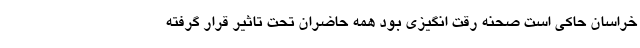
خراسان حاکی است صحنه رقت انگیزی بود همه حاضران تحت تاثیر قرار گرفته